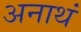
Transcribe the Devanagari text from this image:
अनाथं